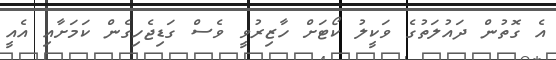
އެ ގޮތުން ދައުލަތުގެ ވަކީލު ކޯޓަށް ހާޒިރުވީ ވެސް ގަޑިޖެހިގެން ކަމަށާއި އެއީ